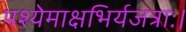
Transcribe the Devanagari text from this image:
पश्येमाक्षभिर्यजत्राः।